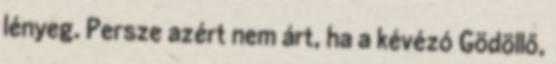
lényeg. Persze azért nem árt, ha a kévézó Gödöllő,